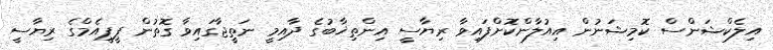
އިލެކްޝަންސް ކޮމިޝަނުން އިއުލާންކޮށްފައިވާ ރިޔާސީ އިންތިޚާބުގެ ދާއިމީ ނަތީޖާގައިވާ ގޮތުން ޕީޕީއެމްގެ ރިޔާސީ